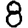
Digit: 8